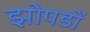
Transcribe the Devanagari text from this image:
झोपडों